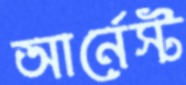
আর্নেস্ট